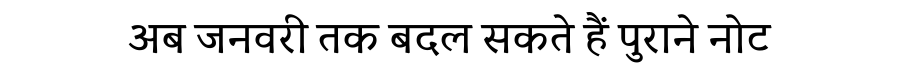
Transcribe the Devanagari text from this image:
अब जनवरी तक बदल सकते हैं पुराने नोट